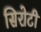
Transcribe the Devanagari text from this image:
सिरोटी